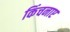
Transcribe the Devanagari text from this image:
किंचनाए